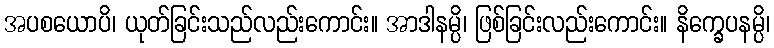
အပစယောပိ၊ ယုတ်ခြင်းသည်လည်းကောင်း။ အာဒါနမ္ပိ၊ ဖြစ်ခြင်းလည်းကောင်း။ နိက္ခေပနမ္ပိ၊